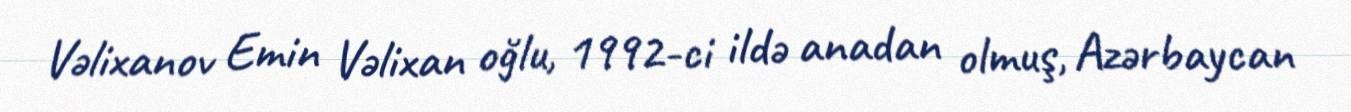
Vəlixanov Emin Vəlixan oğlu, 1992-ci ildə anadan olmuş, Azərbaycan